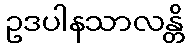
ဥဒပါနသာလန္တိ